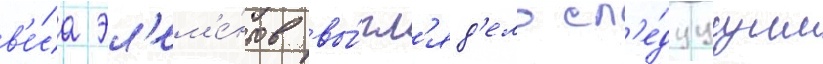
в'е́са эл'ем'е́нтов вы́гл'яд'ело сл'е́дуущим